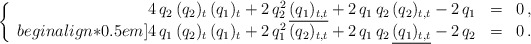
\begin{align*}\left\{ \begin{array}{rcl}4 \, q_2 \, (q_2)_t \, (q_1)_t + 2 \, q_2^2 \, \underline{(q_1)_{t,t}} + 2 \, q_1 \, q_2 \, (q_2)_{t,t} - 2 \, q_1 & = & 0\,,\\begin{align*}0.5em]4 \, q_1 \, (q_2)_t \, (q_1)_t + 2 \, q_1^2 \, (q_2)_{t,t} + 2 \, q_1 \, q_2 \, \underline{(q_1)_{t,t}} - 2 \, q_2 & = & 0\,.\end{array} \right.\end{align*}